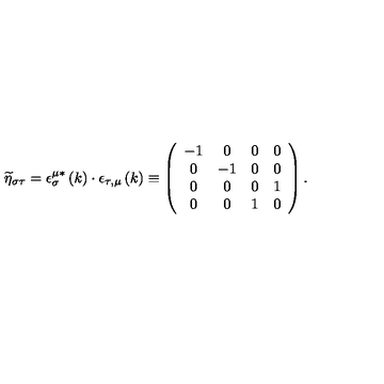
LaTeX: \widetilde { \eta } _ { \sigma \tau } = \epsilon _ { \sigma } ^ { \mu * } \left( k \right) \cdot \epsilon _ { \tau , \mu } \left( k \right) \equiv \left( \begin{array} { c c c c } { - 1 } & { 0 } & { 0 } & { 0 } \\ { 0 } & { - 1 } & { 0 } & { 0 } \\ { 0 } & { 0 } & { 0 } & { 1 } \\ { 0 } & { 0 } & { 1 } & { 0 } \\ \end{array} \right) .